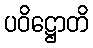
ပဝိဋ္ဌောတိ